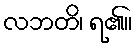
လဘတိ၊ ရ၏။